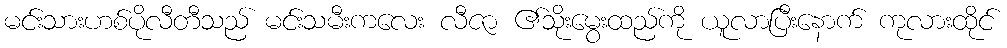
မင်းသားဟစ်ပိုလီတီသည် မင်းသမီးကလေး လီဇာ ၏သိုးမွေးထည်ကို ယူလာပြီးနောက် ကုလားထိုင်